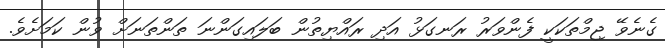
ގެނެވޭ ޖިމްތަކަކީ ފެންވަރު ރަނގަޅު އަދި ރައްޔިތުން ބަލައިގަންނަ ތަންތަނަށް ވުން ކަމަށެވެ.